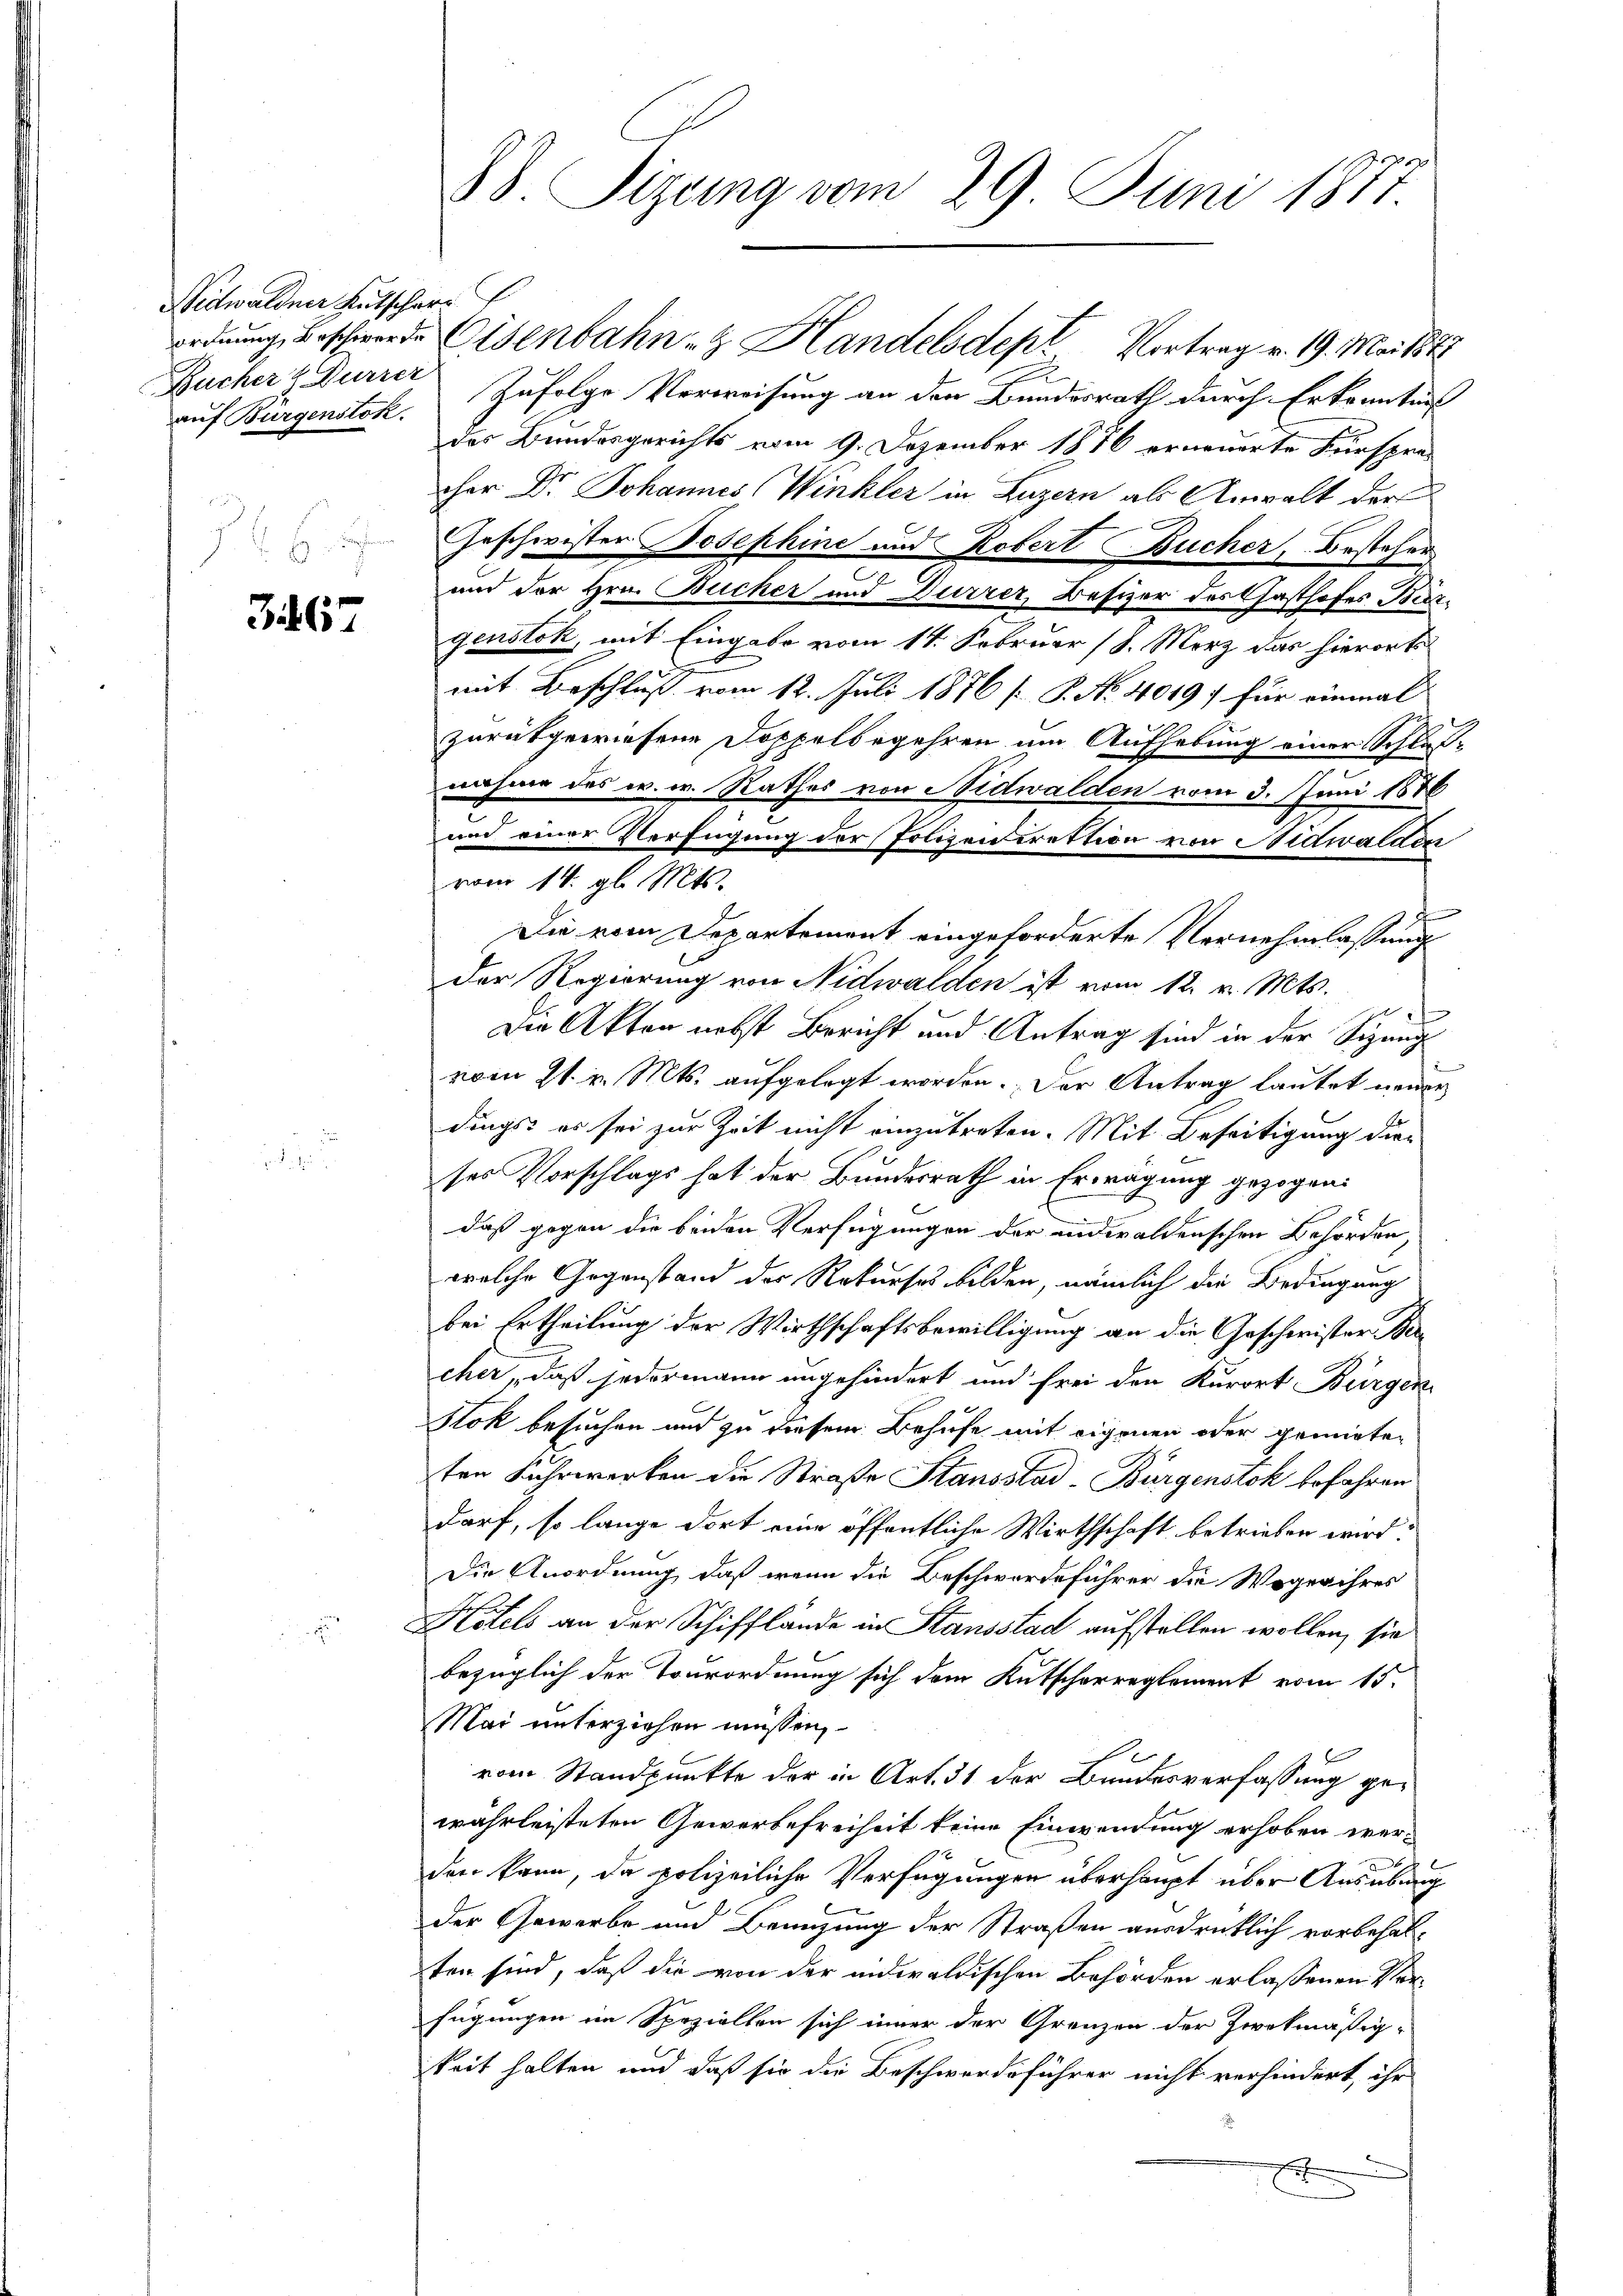
Nidwaldner Kutschar
Bucher & Furrer
auf Burgenstok

367

ordnung, Beschwerde Eisenbahnen Handelsdept Vortrag v. 19. Mai 1875
t
Zufolge Verweisung an den Bundesrath durch Erkenntnis
des Bundesgerichts vom 9. Dezember 1876 erneuerte Fürspre-
cher Dr. Johannes Winkler in Luzern als Anwalt der
Geschwister Josephine und Robert Bucher, Bestehen
und der Hrn. Bücher und Dürrer, Besizer des Gasthofes Bürgenstok, mit Eingabe vom 14. Februar (8. Merz das hierorts
mit Beschluß vom 12. Juli 1876 [ P. No 4049; für einmal
zurükgewiesene Doppelbegehren um Aufhebung einer Schluß-
nehme des w. w. Rathes von Nidwalden vom 3. Juni 1886
und einer Verfügung der Polizen irektion von Nidwalden
vom 14. gl. Mts.
e
Die vom Departement eingeforderte Vernehmlassung
der Regierung von Nidwalden ist vom 12. v. Mts.
.
f
Die Akten nebst Bericht und Antrag sind in der Sizung
vom 21. v. Mts. aufgelegt worden. Der Antrag lautet neuer
dings es sei zur Zeit nicht einzutreten. Mit Beseitigung dieses Vorschlags hat der Bundesrath in Erwägung gezogen:
daß gegen die beiden Verfügungen der indwaldenschen Behörden,
welche Gegenstand der Rekurses bilden, nämlich die Bedingung
bei Ertheilung der Wirthschaftsbewilligung an die Geschwister Becher, daß jedermann ungehindert und frei den Kurort Bürgen
Stok besuchen und zu diesem Behufe mit eigenen oder gemieten
ten Fuhrwerken die Straße Stausstad-Bürgenstok befahren
darf, so lange dort eine öffentliche Wirthschaft betrieben wird:
Die Anordnung, daß wenn die Beschwerdeführer die Wogen ihres
Hitels an der Schifflände in Stausstad aufstellen wollen, sie
bezüglich der Tourordnung sich dem Kutscharreglement vom 15.
Mai unterziehen müssen,
vom Standpunkte der in Art. 31 der Bundesverfassung gewährleisteten Gewerbefreiheit keine Einwendung erhoben werden kann, da polizeiliche Verfügungen überhaupt über Ausübung
u
der Gewerbe und Benuzung der Straßen ausdrücklich vorbehalten sind, daß die von der indwaldischen Behörden erlassenen Verfügungen im Speziellen sich inner der Grenzen der Zweckmäßig-
keit halten und daß sie die Beschwerdeführer nicht verhindert, ihr
E

88 Sizung vom 29. Juni 1877